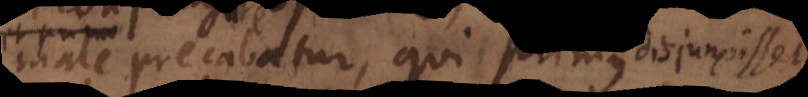
male precabatur, qui primus disjunxisset